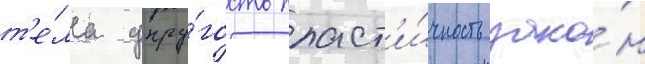
т'е́ла упру́гость пласт'и́чность зако́н